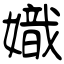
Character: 嬂